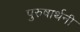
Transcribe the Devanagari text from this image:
पुरुषार्थनी